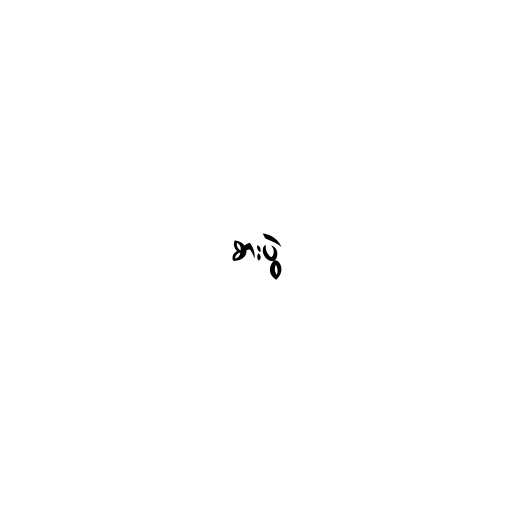
စားပွဲ